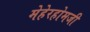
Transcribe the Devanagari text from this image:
मेहेरहोमजी